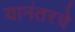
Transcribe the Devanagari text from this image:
यानंतरचे